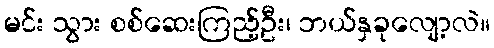
မင်း သွား စစ်ဆေးကြည့်ဦး၊ ဘယ်နှခုလျော့လဲ။